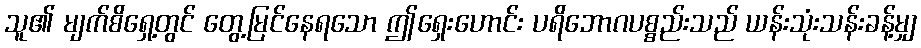
သူ၏ မျက်စိရှေ့တွင် တွေ့မြင်နေရသော ဤရှေးဟောင်း ပရိဘောဂပစ္စည်းသည် ယန်းသုံးသန်းခန့်မျှ